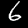
Label: 6